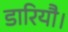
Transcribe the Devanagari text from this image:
डारियौ।